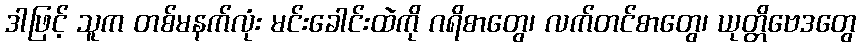
ဒါဖြင့် သူက တစ်မနက်လုံး မင်းခေါင်းထဲကို ဂရိစာတွေ၊ လက်တင်စာတွေ၊ ယုတ္တိဗေဒတွေ